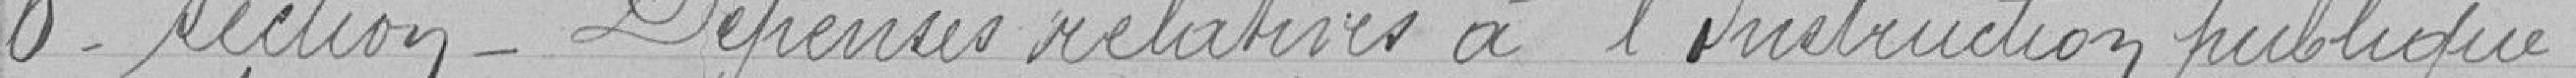
éprenses relatives à l'instruction publique